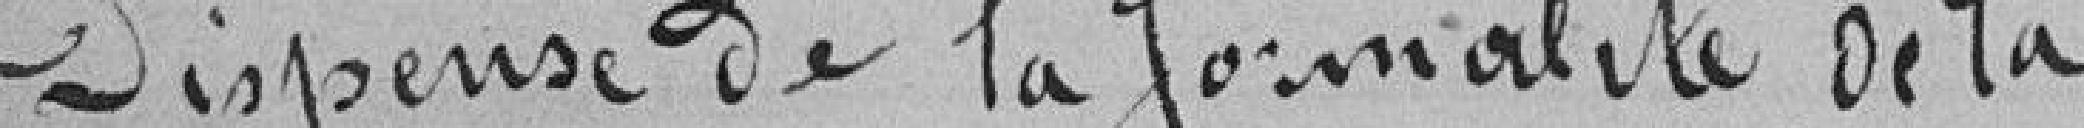
Dispense de la formalité de la